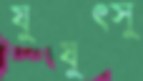
যুযুত্সু